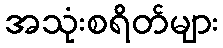
အသုံးစရိတ်များ